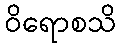
ဝိရောစသိ